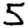
Digit: 5